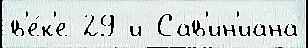
в'е́к'е 29 и Сав'ин'иана